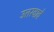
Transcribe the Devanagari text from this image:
उतरवावे